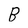
Character: B